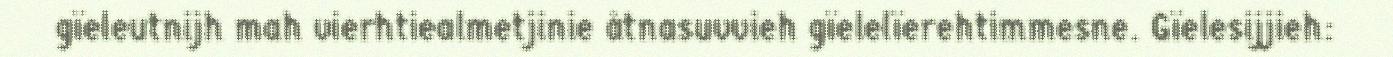
gïeleutnijh mah vierhtiealmetjinie åtnasuvvieh gïelelïerehtimmesne. Gïelesijjieh: